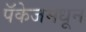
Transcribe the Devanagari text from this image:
पॅकेजमधून